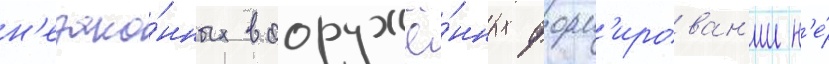
н'езако́нных вооружё́нных форм'ирован'ии н'е́